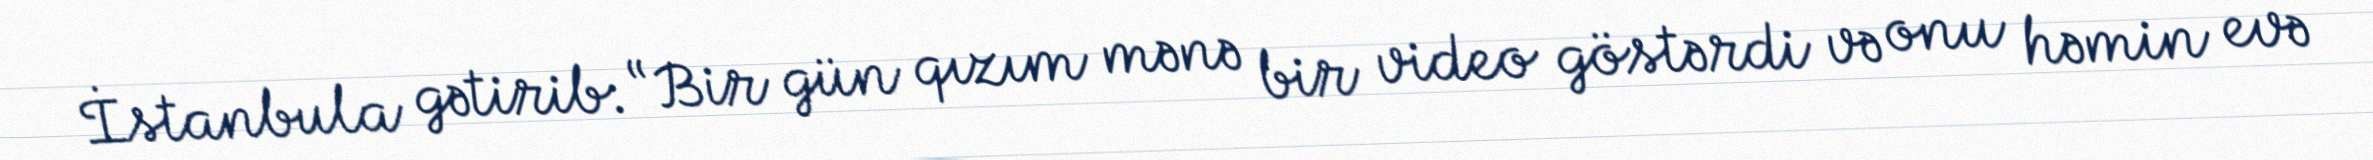
İstanbula gətirib: “Bir gün qızım mənə bir video göstərdi və onu həmin evə